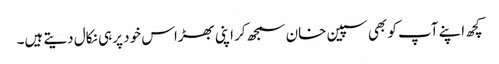
کچھ اپنے آپ کو بھی سپین خان سمجھ کر اپنی بھڑاس خود پر ہی نکال دیتے ہیں۔